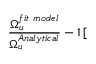
\frac { \Omega _ { u } ^ { f i t \ m o d e l } } { \Omega _ { u } ^ { A n a l y t i c a l } } - 1 \, [ \